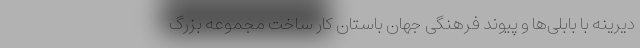
دیرینه با بابلی‌ها و پیوند فرهنگی جهان باستان کار ساخت مجموعه بزرگ